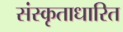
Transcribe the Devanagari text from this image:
संस्कृताधारित